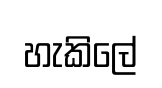
හැකිලේ